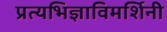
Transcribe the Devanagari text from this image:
प्रत्यभिज्ञाविमर्शिनी